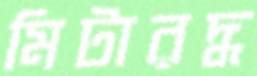
মিটারদ্ধ